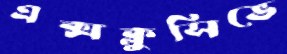
এক্সক্লুসিভে